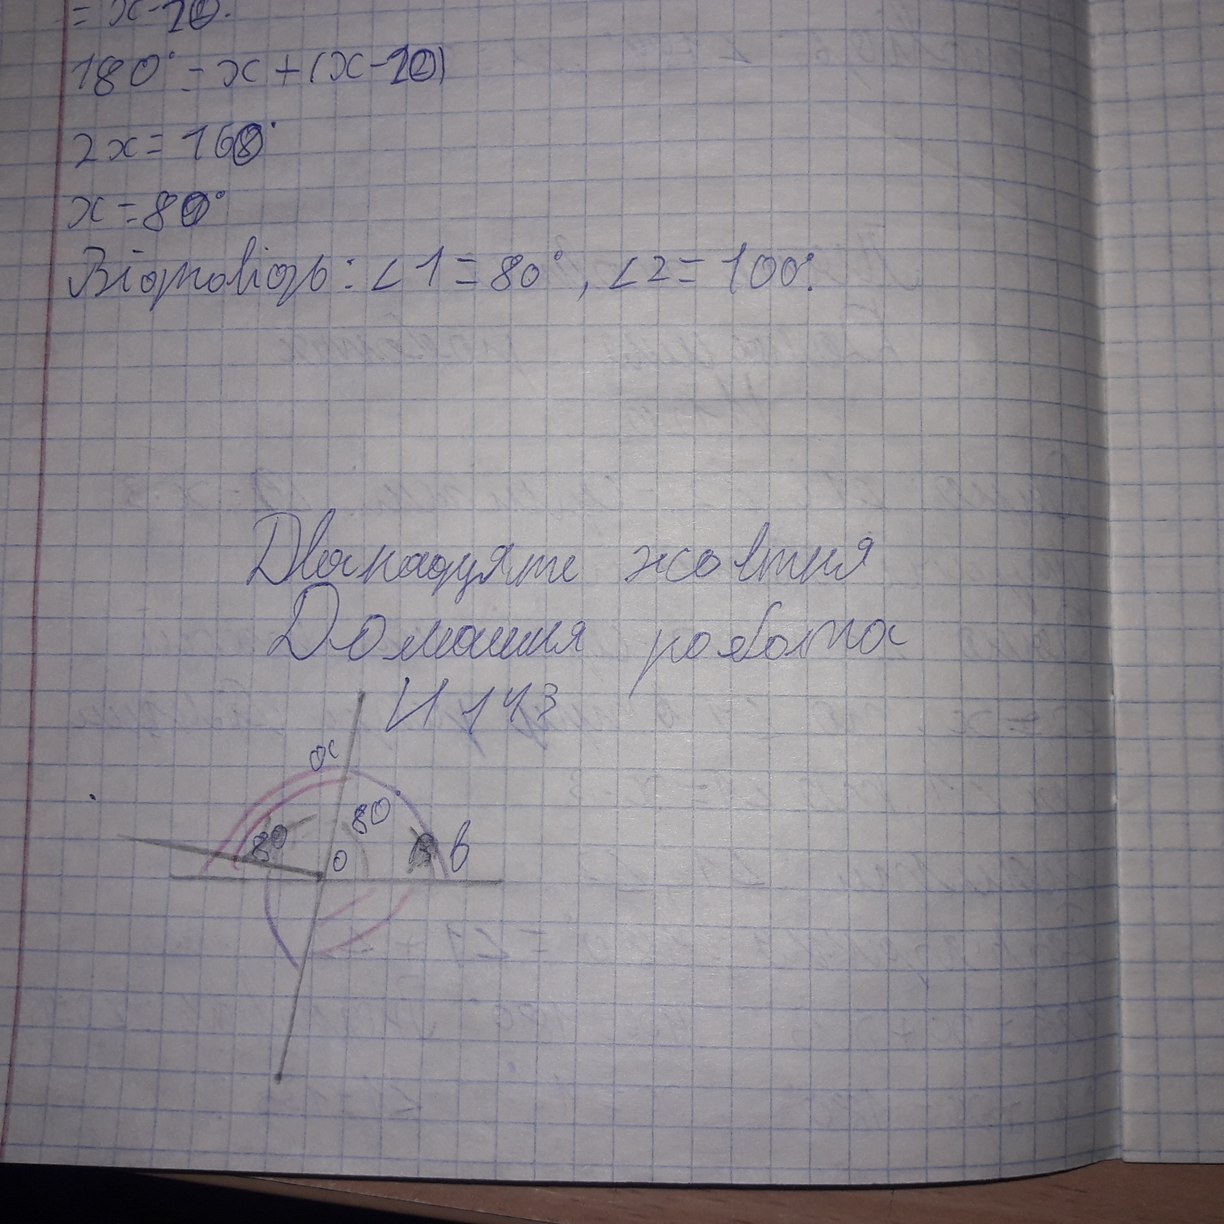
= x - 20
180° = x + (x - 20)
2x = 160
x = 80°
Відповідь: ∠1 = 80°, ∠2 = 100°.
Дванадцяте жовтня
Домашня робота
И 143